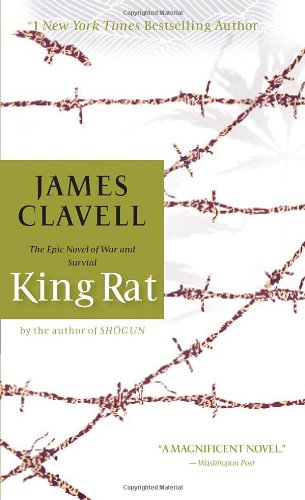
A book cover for King Rat; James Clavell; Literature & Fiction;